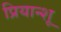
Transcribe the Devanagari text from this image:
प्रियान्शू